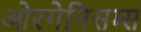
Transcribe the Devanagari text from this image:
ओरगेनिसम्स